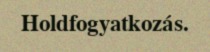
Holdfogyatkozás.